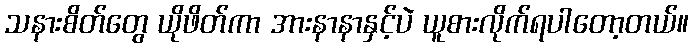
သနားစိတ်တွေ ယိုဖိတ်ကာ အားနာနာနှင့်ပဲ ယူစားလိုက်ရပါတော့တယ်။